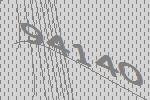
94140